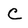
Character: C